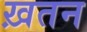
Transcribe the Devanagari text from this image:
ख़तन